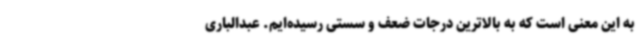
به این معنی است که به بالاترین درجات ضعف و سستی رسیده‌ایم. عبدالباری